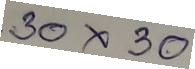
30x30